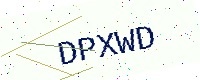
Text: DPXWD